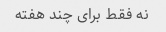
نه فقط برای چند هفته